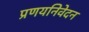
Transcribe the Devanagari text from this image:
प्रणयनिवेदन